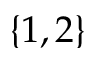
\{ 1 , 2 \}